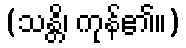
(သန္တိ၊ ကုန်၏။)